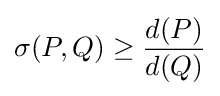
\sigma (P,Q)\geq {\frac {d(P)}{d(Q)}}